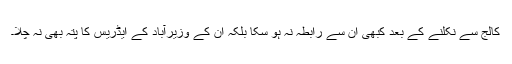
کالج سے نکلنے کے بعد کبھی اُن سے رابطہ نہ ہو سکا بلکہ اُن کے وزیرآباد کے ایڈریس کا پتہ بھی نہ چلا۔